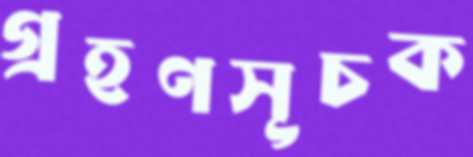
গ্রহণসূচক